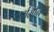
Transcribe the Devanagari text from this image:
धर्ममनिष्ठ